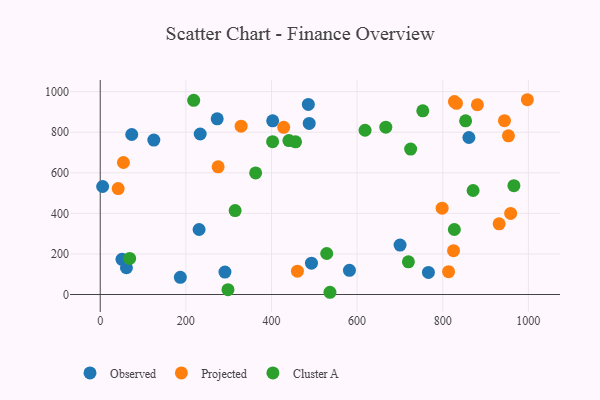
{"axis": {"x": "Speed", "y": "Profit"}, "legend": ["Cluster A", "Observed", "Projected"], "data": [{"x": "125.2", "y": 761.2, "type": "Observed"}, {"x": "486.1", "y": 937.2, "type": "Observed"}, {"x": "291.3", "y": 110.8, "type": "Observed"}, {"x": "493.4", "y": 154.3, "type": "Observed"}, {"x": "230.9", "y": 320.6, "type": "Observed"}, {"x": "61.2", "y": 131.9, "type": "Observed"}, {"x": "700.3", "y": 243.7, "type": "Observed"}, {"x": "766.6", "y": 108.7, "type": "Observed"}, {"x": "582.1", "y": 119.3, "type": "Observed"}, {"x": "187.1", "y": 84.9, "type": "Observed"}, {"x": "273.2", "y": 866.0, "type": "Observed"}, {"x": "402.8", "y": 856.4, "type": "Observed"}, {"x": "73.6", "y": 788.9, "type": "Observed"}, {"x": "5.6", "y": 532.5, "type": "Observed"}, {"x": "233.5", "y": 791.4, "type": "Observed"}, {"x": "861.1", "y": 774.1, "type": "Observed"}, {"x": "50.8", "y": 173.5, "type": "Observed"}, {"x": "488.1", "y": 843.6, "type": "Observed"}, {"x": "958.6", "y": 399.8, "type": "Projected"}, {"x": "460.6", "y": 114.8, "type": "Projected"}, {"x": "825.2", "y": 216.2, "type": "Projected"}, {"x": "813.6", "y": 112.7, "type": "Projected"}, {"x": "54.2", "y": 650.8, "type": "Projected"}, {"x": "931.7", "y": 348.4, "type": "Projected"}, {"x": "41.9", "y": 522.1, "type": "Projected"}, {"x": "997.7", "y": 960.3, "type": "Projected"}, {"x": "944.2", "y": 856.9, "type": "Projected"}, {"x": "827.3", "y": 951.4, "type": "Projected"}, {"x": "953.5", "y": 782.1, "type": "Projected"}, {"x": "832.1", "y": 942.5, "type": "Projected"}, {"x": "881.0", "y": 935.6, "type": "Projected"}, {"x": "275.4", "y": 629.6, "type": "Projected"}, {"x": "798.6", "y": 425.6, "type": "Projected"}, {"x": "428.5", "y": 824.0, "type": "Projected"}, {"x": "329.1", "y": 830.1, "type": "Projected"}, {"x": "719.8", "y": 161.2, "type": "Cluster A"}, {"x": "218.3", "y": 957.2, "type": "Cluster A"}, {"x": "68.7", "y": 177.9, "type": "Cluster A"}, {"x": "853.4", "y": 856.3, "type": "Cluster A"}, {"x": "529.0", "y": 202.1, "type": "Cluster A"}, {"x": "725.0", "y": 717.0, "type": "Cluster A"}, {"x": "456.2", "y": 752.6, "type": "Cluster A"}, {"x": "870.9", "y": 512.7, "type": "Cluster A"}, {"x": "298.4", "y": 23.8, "type": "Cluster A"}, {"x": "402.6", "y": 753.3, "type": "Cluster A"}, {"x": "363.0", "y": 599.5, "type": "Cluster A"}, {"x": "966.2", "y": 536.4, "type": "Cluster A"}, {"x": "667.0", "y": 825.1, "type": "Cluster A"}, {"x": "827.1", "y": 320.4, "type": "Cluster A"}, {"x": "315.1", "y": 413.8, "type": "Cluster A"}, {"x": "536.6", "y": 11.0, "type": "Cluster A"}, {"x": "440.7", "y": 759.1, "type": "Cluster A"}, {"x": "753.4", "y": 905.6, "type": "Cluster A"}, {"x": "618.6", "y": 809.7, "type": "Cluster A"}]}